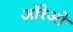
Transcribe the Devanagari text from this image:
ऑरेओ